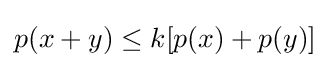
p(x+y)\leq k[p(x)+p(y)]